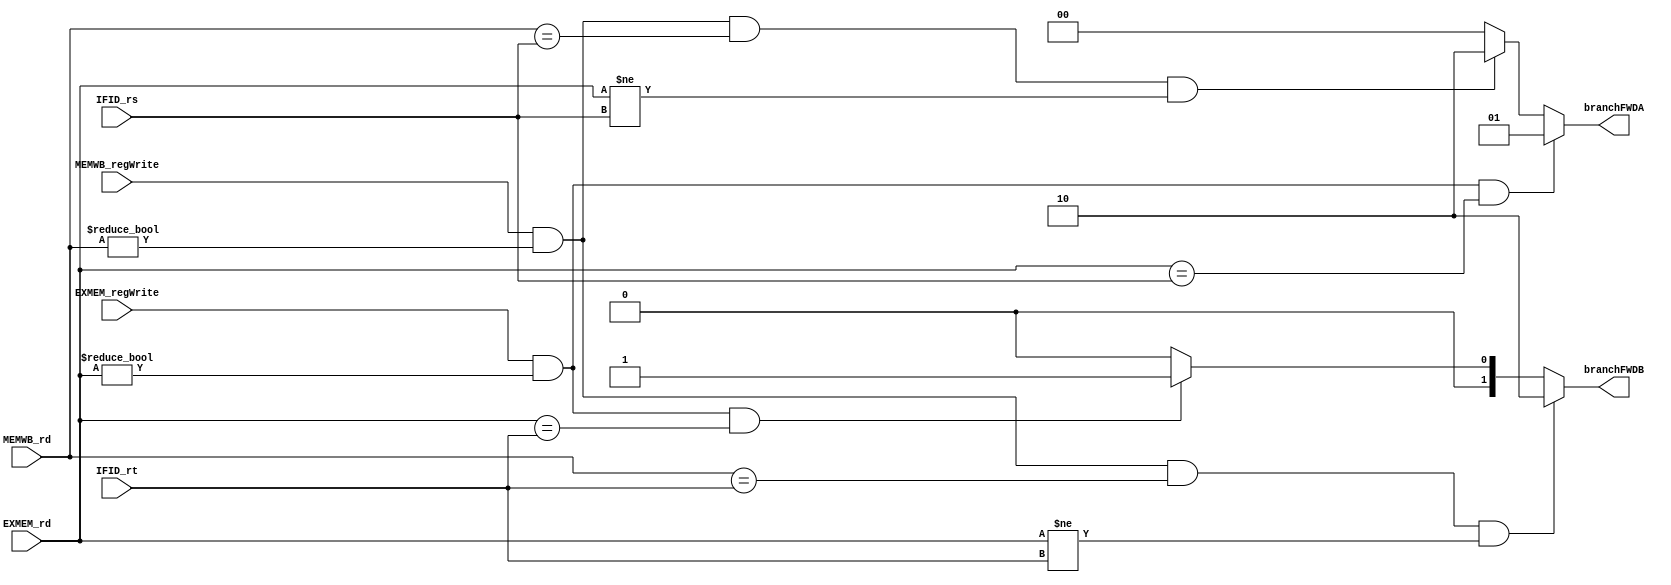
module Branch_Detection (
  input [4:0] IFID_rs, IFID_rt, EXMEM_rd, MEMWB_rd,
  input EXMEM_regWrite, MEMWB_regWrite,
  output reg [1:0] branchFWDA, branchFWDB
  );

  always@(EXMEM_regWrite or EXMEM_rd or IFID_rs or MEMWB_regWrite or MEMWB_rd)
   begin
      if(EXMEM_regWrite && (EXMEM_rd != 0) && (EXMEM_rd == IFID_rs))
         branchFWDA = 2'b01;
      else if(MEMWB_regWrite && (MEMWB_rd != 0) && (MEMWB_rd == IFID_rs) && (EXMEM_rd != IFID_rs))
         branchFWDA = 2'b10;
      else
         branchFWDA = 2'b00;
   end

   //Forward B
   always@(MEMWB_regWrite or MEMWB_rd or IFID_rt or EXMEM_rd or EXMEM_regWrite)
   begin
      if(MEMWB_regWrite && (MEMWB_rd != 0) && (MEMWB_rd == IFID_rt) && (EXMEM_rd != IFID_rt))
         branchFWDB = 2'b10;
      else if(EXMEM_regWrite && (EXMEM_rd != 0) && (EXMEM_rd == IFID_rt))
         branchFWDB = 2'b01;
      else
         branchFWDB = 2'b00;
    end
endmodule